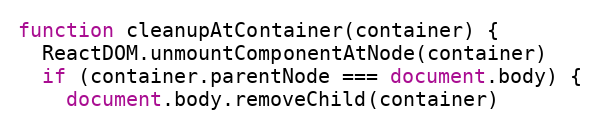
Language: JavaScript
function cleanupAtContainer(container) {
  ReactDOM.unmountComponentAtNode(container)
  if (container.parentNode === document.body) {
    document.body.removeChild(container)